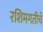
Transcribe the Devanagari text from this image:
रशिमगतीचे